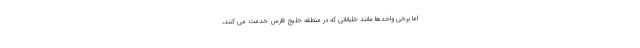
اما برخی واحدها مانند خلبانانی که در منطقه خلیج فارس خدمت می کنند،